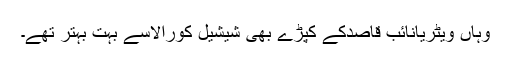
وہاں ویٹریانائب قاصدکے کپڑے بھی شیشیل کورالاسے بہت بہتر تھے۔